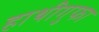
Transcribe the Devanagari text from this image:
हाथीगुफा